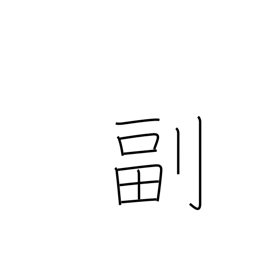
Meaning: duplicate